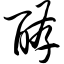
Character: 酵